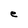
Character: e